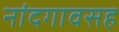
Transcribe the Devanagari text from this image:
नांदगावसह